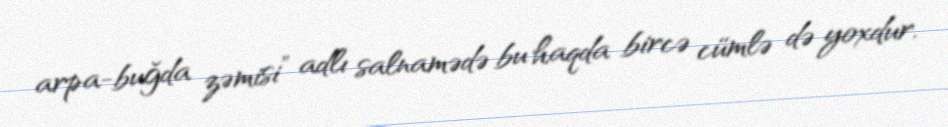
arpa-buğda zəmisi” adlı salnamədə bu haqda bircə cümlə də yoxdur.